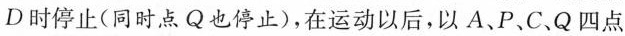
D时停止(同时点Q也停止),在运动以后,以 A、P、C、Q四点